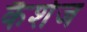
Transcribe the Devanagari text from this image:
कैशेज